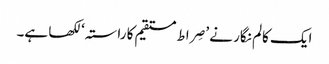
ایک کالم نگار نے ’صِراط مستقیم کا راستہ‘ لکھا ہے۔